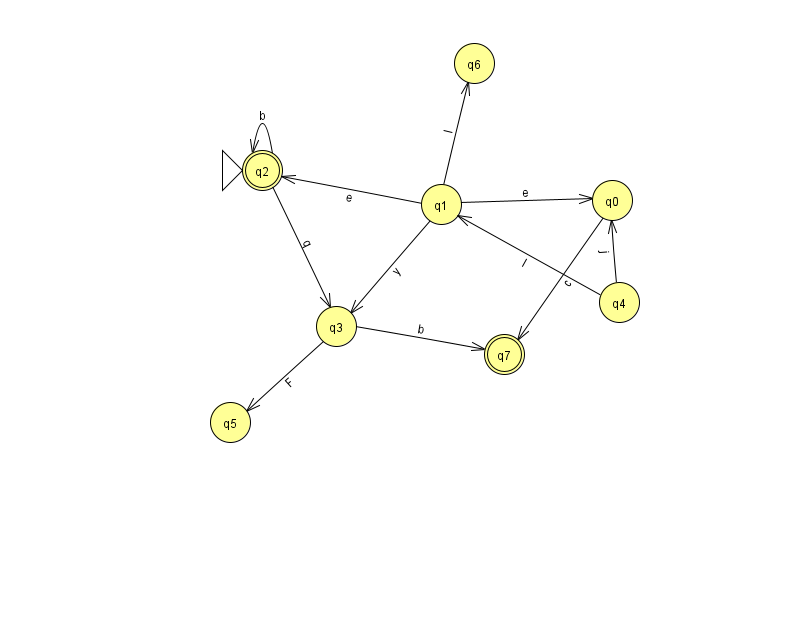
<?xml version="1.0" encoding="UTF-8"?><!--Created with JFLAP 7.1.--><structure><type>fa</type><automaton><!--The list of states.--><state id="0" name="q0"><x>612.0</x><y>187.0</y></state><state id="1" name="q1"><x>441.0</x><y>191.0</y></state><state id="2" name="q2"><x>262.0</x><y>157.0</y><initial/><final/></state><state id="3" name="q3"><x>336.0</x><y>313.0</y></state><state id="4" name="q4"><x>619.0</x><y>289.0</y></state><state id="5" name="q5"><x>230.0</x><y>409.0</y></state><state id="6" name="q6"><x>474.0</x><y>50.0</y></state><state id="7" name="q7"><x>504.0</x><y>341.0</y><final/></state><!--The list of transitions.--><transition><from>1</from><to>6</to><read>I</read></transition><transition><from>2</from><to>2</to><read>b</read></transition><transition><from>1</from><to>2</to><read>e</read></transition><transition><from>4</from><to>1</to><read>I</read></transition><transition><from>2</from><to>3</to><read>q</read></transition><transition><from>3</from><to>7</to><read>b</read></transition><transition><from>1</from><to>0</to><read>e</read></transition><transition><from>4</from><to>0</to><read>j</read></transition><transition><from>1</from><to>3</to><read>y</read></transition><transition><from>0</from><to>7</to><read>c</read></transition><transition><from>3</from><to>5</to><read>F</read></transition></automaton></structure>